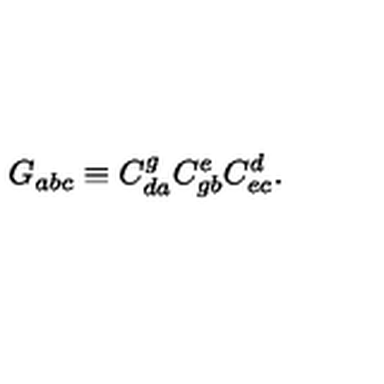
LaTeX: G _ { a b c } \equiv C _ { d a } ^ { g } C _ { g b } ^ { e } C _ { e c } ^ { d } .